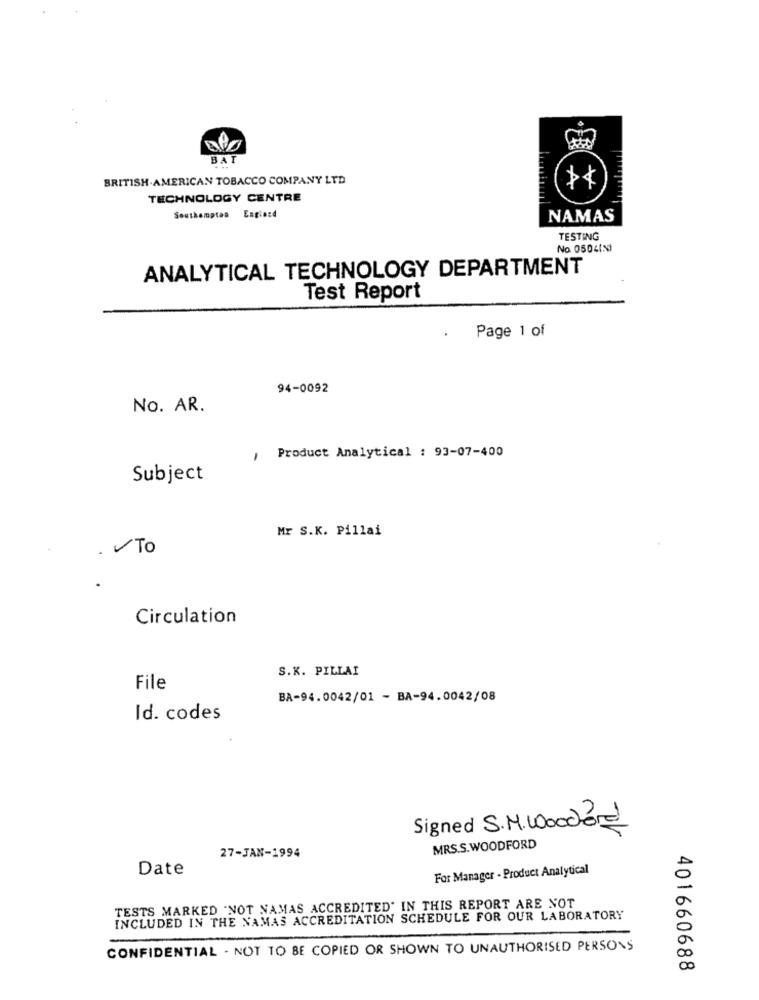
BAT
BRITISH AMERICAN TOBACCO COMPANY LTD
A
TECHNOLOGY CENTRE
Southampton England
NAMAS
TESTING
No 05041N
ANALYTICAL TECHNOLOGY DEPARTMENT
Test Report
Page 1 of
94-0092
No. AR.
, Product Analytical : 93-07-400
Subject
Mr S.K. Pillai
To
Circulation
S.K. PILLAI
File
BA-94.0042/01 - BA-94.0042/08
Id. codes
Signed S.M.Woodod
MRS.S.WOODFORD
27-JAN-1994
Date
For Manager - Product Analytical
TESTS MARKED 'NOT NAMAS ACCREDITED' IN THIS REPORT ARE NOT
INCLUDED IN THE NAMAS ACCREDITATION SCHEDULE FOR OUR LABORATORY
CONFIDENTIAL . NOT TO BE COPIED OR SHOWN TO UNAUTHORISED PERSONS
401660688